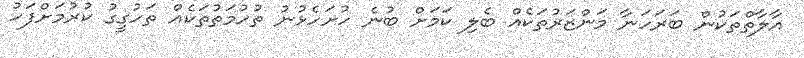
އާލާތްތަކުން ބަރަހަނާ މަންޒަރުތަކެއް ބެލި ކަމަށް ބުނެ ހުށަހެޅުނު ތުހުމަތުތަކެއް ތަހުގީގު ކުރުމަށްފަހު